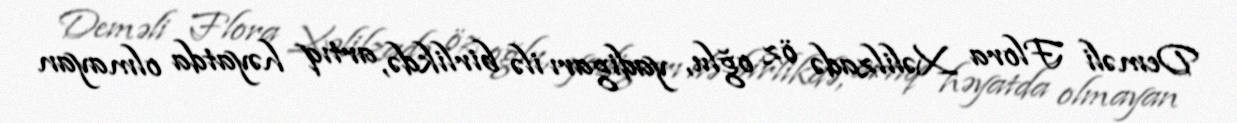
Deməli Flora Xəlilzadə öz oğlu, yadigarı ilə birlikdə, artıq həyatda olmayan